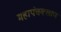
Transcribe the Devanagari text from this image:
महापंचक्खाण